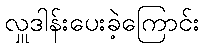
လှူဒါန်းပေးခဲ့ကြောင်း